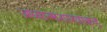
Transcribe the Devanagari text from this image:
अध्यात्मशास्त्राकडे